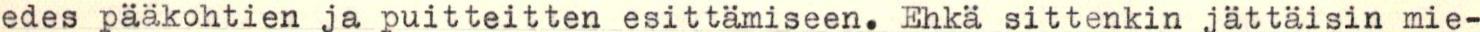
edes pääkohtien ja puitteitten esittämiseen. Ehkä sittenkin jättäisin mie-